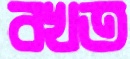
বখত